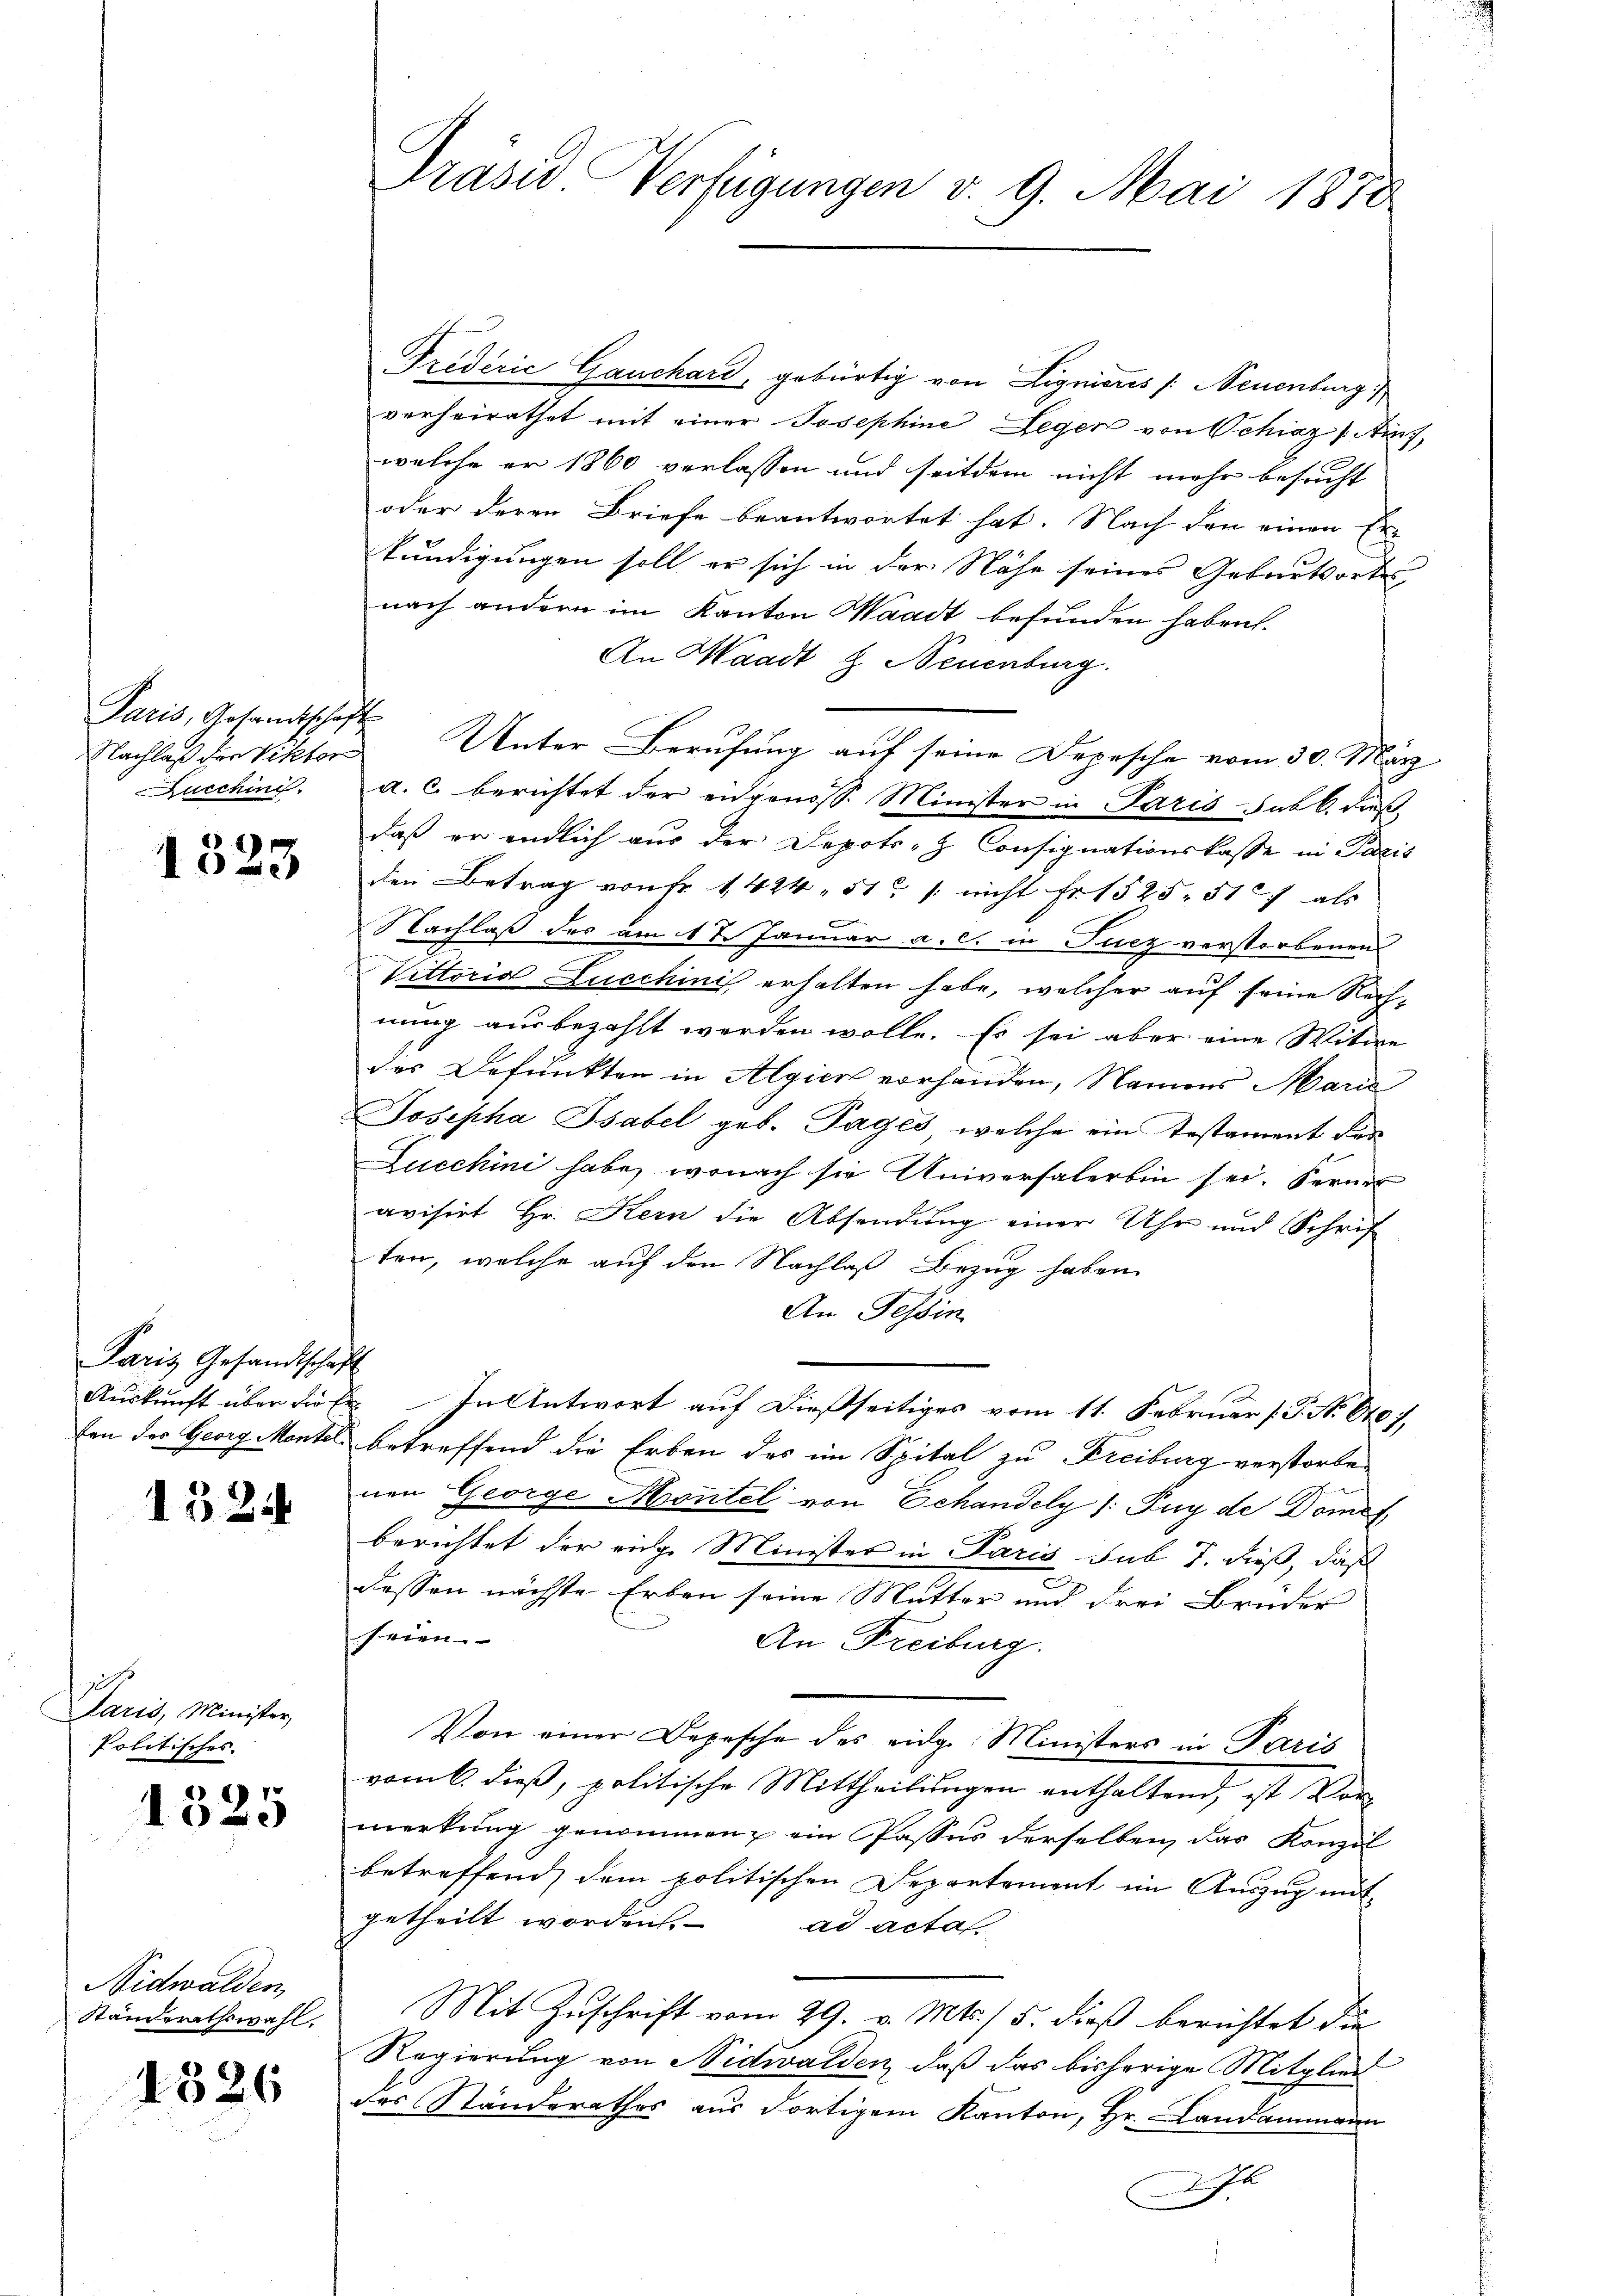
Paris, Gesamtschaft
Nachlaß der Viktor
ucchini

1323

Paris Gesandtschaft

1525

Paris, Minister,
Politisches.

1325

Nidwalden,
Ständerathswahl.

1326

Triderić Gauchard, gebürtig von Lignieres /: Neuenburg,
verheirathet mit einer Josephine Leger von Schweiz /: Ains
welche er 1860 verlassen und seitdem nicht mehr besucht
oder deren Briefe beantwortet hat. Nach den einen Er-
kundigungen soll er sich in der Nähe seines Geburtsortes
nach andern im Kanton Waadt befunden haben.
An Waadt & Neuenburg.
Unter Berufung auf seine Depesche vom 30. März
a. c. berichtet der eidgenoss. Minister in Paris Jubk dieß
daß er endlich aus der Depots-H Consignationskasse in Paris
den Betrag von fr 1424, 51 / nicht Fr. 1525. 517 als
Nachlaß der am 17. Januar a. c. in Fucz verstorbenen
Vittoria Lucchini erhalten habe, welcher auf seine Rechnung ausbezahlt werden wolle. Es sei aber eine Witwe
des Befunkten in Algier vorhanden, Namens Maria
Josepha Isabel geb. Tages, welche ein Testament des
Zucchini habe, wonach sie Universalerbin sei. Ferner
avisirt Hr. Kern die Absendung einer Uhr und Schrif
ten, welche auf den Nachlaß Bezug haben
An Tessin
Aŭskŭnft über die Er. In Antwort aŭf dießseitiges vom 11. Februar l. J. N. 880),
ten des Georg Mantel betreffend die Erben des im Spital zu Freiburg verstorben
nen George Montel von Echandely /: Puy de Domet
berichtet der eige Minister in Paris sub 7. dieß, daß
dessen nächste Erben seine Mutter und drei Bruder
seien.
An Freiburg.
Von einer Depesche des eidg. Ministers in Paris
vom 6. dieß, politische Mittheilungen enthaltend, ist Vor
merkung genommen ein Passus derselben, das Konzil
betreffend dem politischen Departement im Auszug mit
getheilt worden. ad acta
Mit Zuschrift vom 29. v. Mts. / 5. dieß berichtet die
Regierung von Nidwalden, daß das bisherige Mitglied
des Standerathes aus dortigem Kanton, Hr. Landammann
Ahl

Präsid. Verfügungen v. 9. Mai 1870